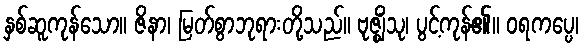
နှစ်ဆူကုန်သော။ ဇိနာ၊ မြတ်စွာဘုရားတို့သည်။ ဗုဇ္ဈိံသု၊ ပွင့်ကုန်၏။ ဝရကပ္ပေ၊